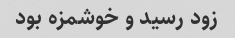
زود رسید و خوشمزه بود